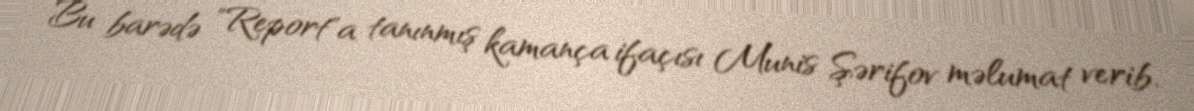
Bu barədə "Report"a tanınmış kamança ifaçısı Munis Şərifov məlumat verib.